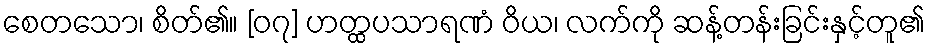
စေတသော၊ စိတ်၏။ [၀၇] ဟတ္ထပသာရဏံ ဝိယ၊ လက်ကို ဆန့်တန်းခြင်းနှင့်တူ၏